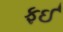
ફઈ